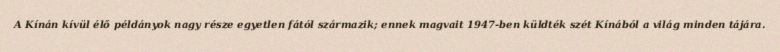
A Kínán kívül élő példányok nagy része egyetlen fától származik; ennek magvait 1947-ben küldték szét Kínából a világ minden tájára.